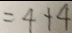
= 4 + 4